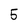
Character: 5